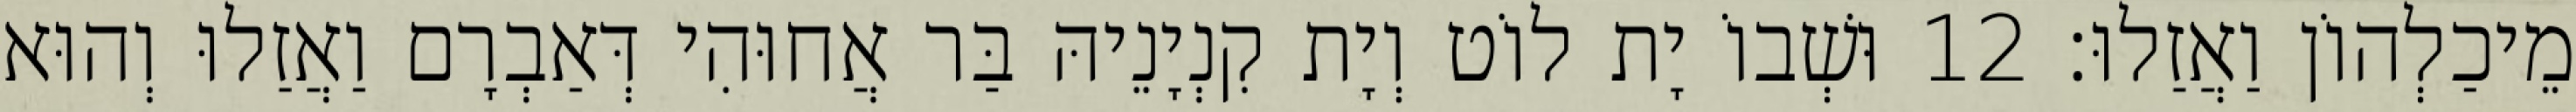
מֵיכַלְהוֹן וַאֲזַלוּ׃ 12 וּשְׁבוֹ יָת לוֹט וְיָת קִנְיָנֵיהּ בַּר אֲחוּהִי דְּאַבְרָם וַאֲזַלוּ וְהוּא